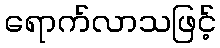
ရောက်လာသဖြင့်